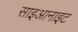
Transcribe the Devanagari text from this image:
साइआनाइट